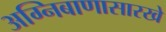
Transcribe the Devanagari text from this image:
अग्निबाणासारखे